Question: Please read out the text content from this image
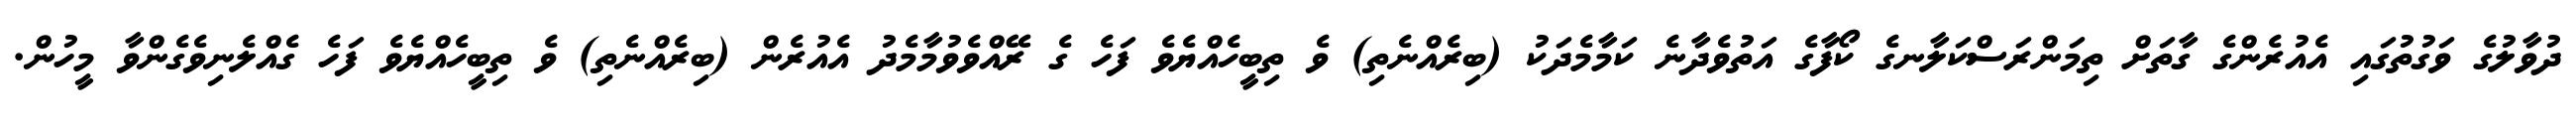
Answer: ދުވާލުގެ ވަގުތުގައި އެއުރެންގެ ގާތަށް ތިމަންރަސްކަލާނގެ ކޯފާގެ އަތުވެދާނެ ކަމާމެދަކު (ބިރެއްނެތި) ވެ ތިބީހެއްޔެވެ ފަހެ ގެ ރޭއްވެވުމާމެދު އެއުރެން (ބިރެއްނެތި) ވެ ތިބީހެއްޔެވެ ފަހެ ގެއްލެނިވެގެންވާ މީހުން.